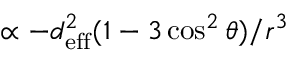
\propto - d _ { \mathrm { e f f } } ^ { 2 } ( 1 - 3 \cos ^ { 2 } \theta ) / r ^ { 3 }